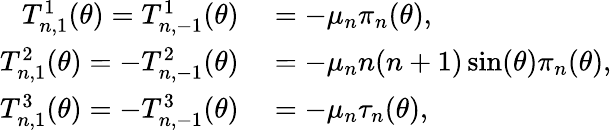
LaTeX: \begin{array}{rl}{T_{n,1}^{1}(\theta)=T_{n,-1}^{1}(\theta)}&{{}=-\mu_{n}\pi_{n}(\theta),}\\ {T_{n,1}^{2}(\theta)=-T_{n,-1}^{2}(\theta)}&{{}=-\mu_{n}n(n+1)\sin(\theta)\pi_{n}(\theta),}\\ {T_{n,1}^{3}(\theta)=-T_{n,-1}^{3}(\theta)}&{{}=-\mu_{n}\tau_{n}(\theta),}\end{array}